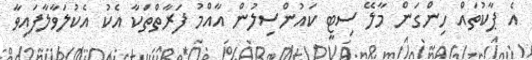
އެ ޕާކުތައް ހިންގަން މާލޭ ސިޓީ ކައުންސިލުން އާއްމު ފަރާތްތަކާ އެކު އެކުލަވާލާފައިވާ